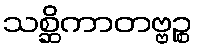
သစ္ဆိကာတဗ္ဗဉ္စ